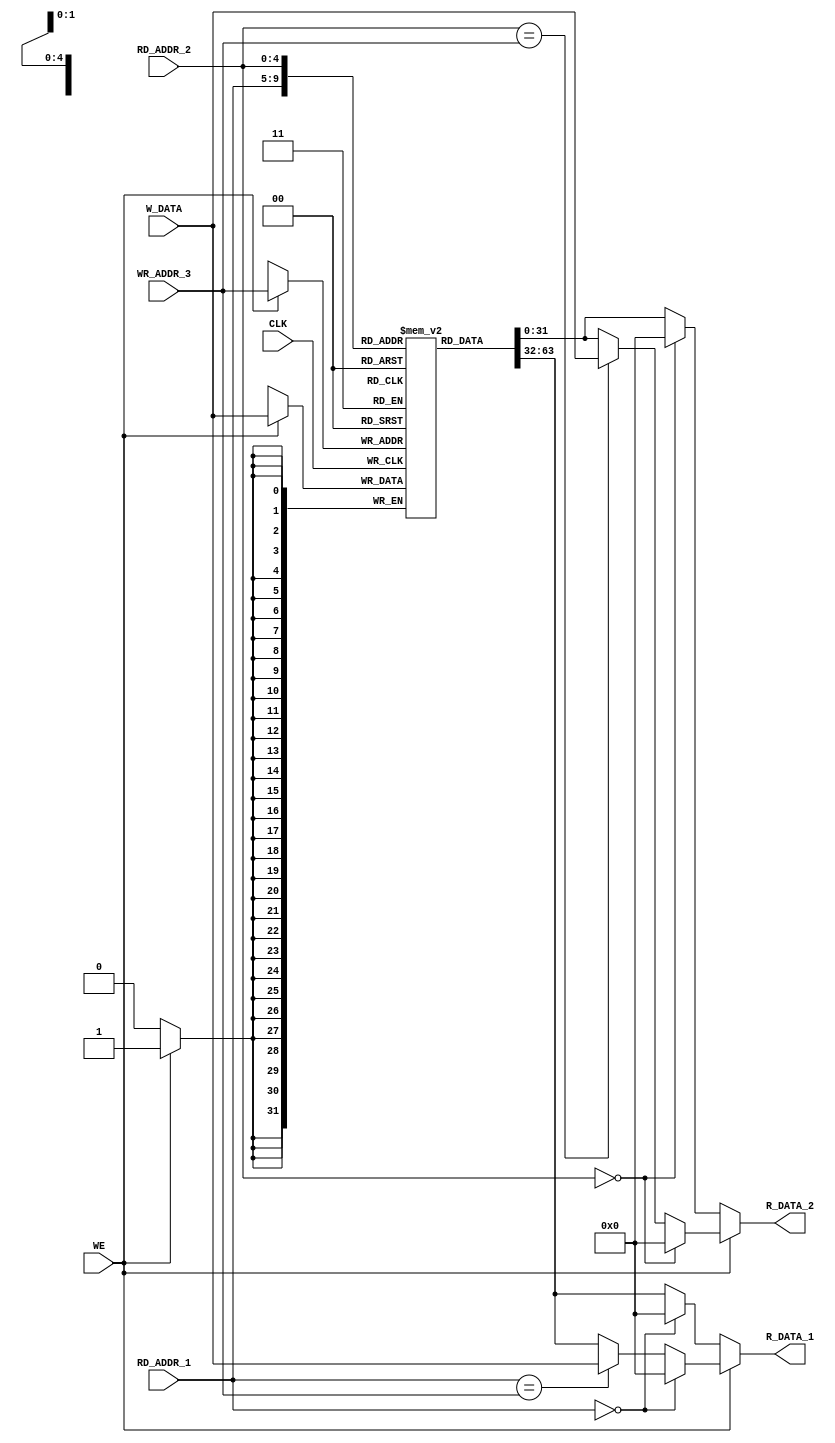
module regfile(	input           CLK,
				        input   [4:0]   RD_ADDR_1, 
				        input   [4:0]   RD_ADDR_2, 
				        input   [4:0]   WR_ADDR_3,
				        input   [31:0]  W_DATA,
				        input           WE,
				        output  [31:0]  R_DATA_1,
				        output  [31:0]  R_DATA_2);

reg [31:0] rf[31:0];

reg [31:0] rd1, rd2;

/*
assign R_DATA_1 = (RD_ADDR_1 == 0)         ? 0      :
                  (WR_ADDR_3 == RD_ADDR_1) ? W_DATA :
                  rf[RD_ADDR_1];

assign R_DATA_2 = (RD_ADDR_2 == 0)         ? 0      :
                  (WR_ADDR_3 == RD_ADDR_2) ? W_DATA :
                  rf[RD_ADDR_2];
*/

assign R_DATA_1 = rd1;
assign R_DATA_2 = rd2;
                  
always@(*)
  begin
  if(WE)
    begin
      if      (RD_ADDR_1 == 0)          rd1 = 0;
      else if (RD_ADDR_1 == WR_ADDR_3)  rd1 = W_DATA;
      else                              rd1 = rf[RD_ADDR_1];
    end
  else
    begin
      if      (RD_ADDR_1 == 0)          rd1 = 0;
      else                              rd1 = rf[RD_ADDR_1];
    end
  end

always@(*)
  begin
  if(WE)
    begin
      if      (RD_ADDR_2 == 0)          rd2 = 0;
      else if (RD_ADDR_2 == WR_ADDR_3)  rd2 = W_DATA;
      else                              rd2 = rf[RD_ADDR_2];
    end
  else
    begin
      if      (RD_ADDR_2 == 0)          rd2 = 0;
      else                              rd2 = rf[RD_ADDR_2];
    end
  end


always @ (posedge CLK)
	if (WE) rf[WR_ADDR_3] <= W_DATA;

endmodule